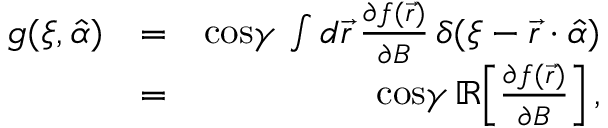
\begin{array} { r l r } { g ( \xi , \hat { \alpha } ) } & { = } & { \mathrm { c o s } \gamma \, \int d { \vec { r } } \, \frac { \partial f ( \vec { r } ) } { \partial B } \, \delta ( \xi - \vec { r } \cdot \hat { \alpha } ) } \\ & { = } & { \mathrm { c o s } \gamma \, \mathbb { R } \! \left[ \frac { \partial f ( \vec { r } ) } { \partial B } \right] , } \end{array}